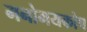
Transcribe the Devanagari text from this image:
मनोमयकोष